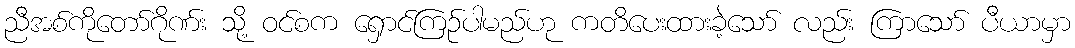
ညီအစ်ကိုတော်ဂိုဏ်း သို့ ဝင်စက ရှောင်ကြဉ်ပါမည်ဟု ကတိပေးထားခဲ့သော် လည်း ကြာသော် ပီယာမှာ